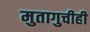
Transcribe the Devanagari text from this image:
मुतागुचीही